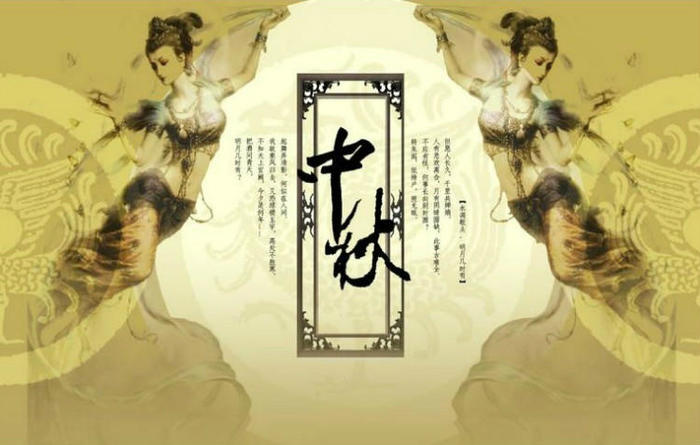
偏皎洁，知他多少，阴晴圆缺。